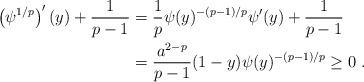
LaTeX: \begin{align*}\left( \psi^{1/p} \right)'(y) + \frac{1}{p-1} & = \frac{1}{p} \psi(y)^{-(p-1)/p} \psi'(y) + \frac{1}{p-1} \\& = \frac{a^{2-p}}{p-1} (1-y) \psi(y)^{-(p-1)/p} \ge 0\ .\end{align*}